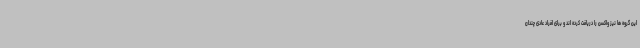
این گروه ها نیز واکسن را دریافت کرده اند و برای افراد عادی چندان